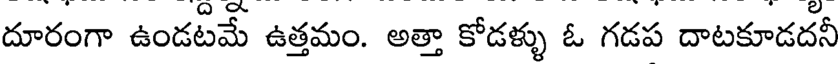
దూరంగా ఉండటమే ఉత్తమం. అత్తా కోడళ్ళు ఓ గడప దాటకూడదనీ